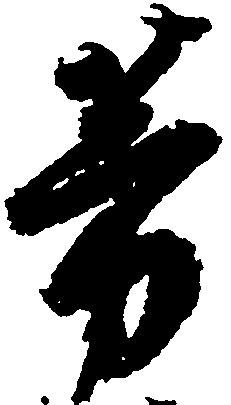
芳